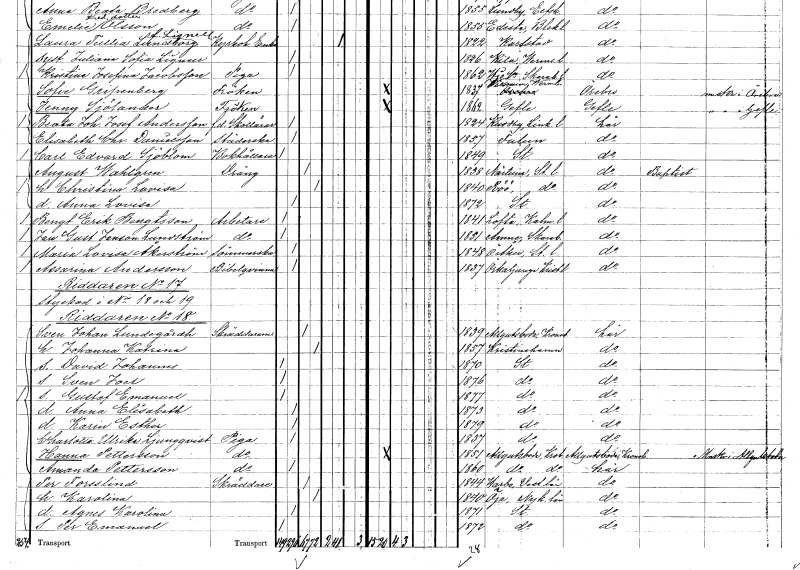
gt_parse: households: individuals: FN: Bengt Erik
EN: Bengtsson
YRKE: Arbetare
KON: M
CIV: O
FODAR: 1841
FODFORS: Lofta Kalmar län
FN: Jan Gustaf
EN: Janson Lundström
YRKE: Arbetare
KON: M
CIV: O
FODAR: 1851
FODFORS: Amnehärad Skaraborgs län
FN: Maria Lovisa
EN: Åkerström
YRKE: Sömmerska
KON: K
CIV: O
FODAR: 1848
FODFORS: Österåker Stockholms län
FN: Assarina
EN: Andersson
YRKE: Bibelkvinna
KON: K
CIV: O
FODAR: 1837
FODFORS: Örkelljunga Kristianstads län
FN: Sven Johan
EN: Lundegårdh
YRKE: Skräddarmästare
KON: M
CIV: G
FODAR: 1839
FODFORS: Algutsboda Kalmar län
FN: Johanna Katrina
KON: K
CIV: G
FODAR: 1857
FODFORS: Kristinehamn Värmlands län
FN: David Johannes
KON: M
CIV: O
FODAR: 1870
FODFORS: Stockholm
FN: Sven Joel
KON: M
CIV: O
FODAR: 1876
FODFORS: Stockholm
FN: Gustaf Emanuel
KON: M
CIV: O
FODAR: 1877
FODFORS: Stockholm
FN: Anna Elisabeth
KON: K
CIV: O
FODAR: 1873
FODFORS: Stockholm
FN: Karin Esther
KON: K
CIV: O
FODAR: 1879
FODFORS: Stockholm
FN: Charlotta Ulrika
EN: Ljungqvist
YRKE: Piga
KON: K
CIV: O
FODAR: 1837
FODFORS: Stockholm
FN: Hanna
EN: Pettersson
YRKE: Piga
KON: K
CIV: O
FODAR: 1851
FODFORS: Algutsboda Kalmar län
FN: Amanda
EN: Pettersson
YRKE: Piga
KON: K
CIV: O
FODAR: 1860
FODFORS: Algutsboda Kalmar län
FN: Per
EN: Forsslind
YRKE: Skräddare
KON: M
CIV: G
FODAR: 1844
FODFORS: Harbo Västmanlands län
FN: Karolina
KON: K
CIV: G
FODAR: 1840
FODFORS: Öja Södermanlands län
FN: Agnes Karolina
KON: K
CIV: O
FODAR: 1871
FODFORS: Stockholm
FN: Per Emanuel
KON: M
CIV: O
FODAR: 1872
FODFORS: Stockholm